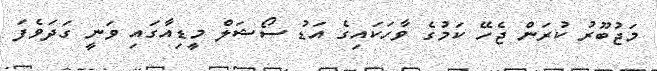
މަޖުބޫރު ކުރަން ޖެހޭ ކަމުގެ ވާހަކައިގެ އަޑު ސޯޝަލް މީޑިއާގައި ވަނީ ގަދަވެފަ